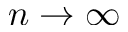
n \rightarrow \infty